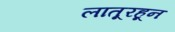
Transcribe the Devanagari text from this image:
लातूरहून